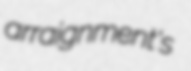
arraignment's